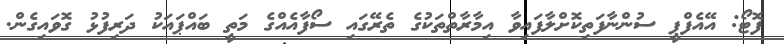
ފޮޓޯ: އޭއެފްޕީ ސުންނާފަތިކޮށްލާފައިވާ އިމާރާތްތަކުގެ ތެރޭގައި ސޯފާއެއްގެ މަތީ ބައްޕައަކު ދަރިފުޅު ގޮވައިގެން.